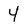
Character: 4